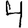
Digit: 4